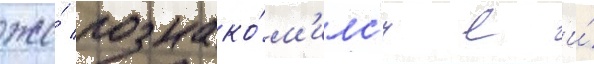
же́ познако́м'илс'я с и́